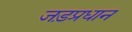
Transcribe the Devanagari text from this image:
जड़प्रधान